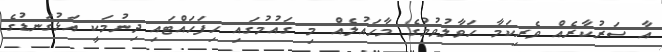
އާ ސަރުކާރެއް ވެރިކަމާ ހަވާލުވުމުގެ މާހައުލެއް މި ގައުމުގައި ހިފަހައްޓައި ދިނުމަކީ އަޅުގަނޑުގެ